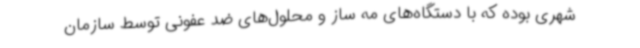
شهری بوده که با دستگاه‌های مه ساز و محلول‌های ضد عفونی توسط سازمان